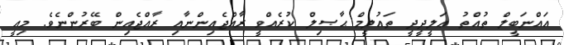
އައްނަބީލް ތުއްތު ޢަލީދީދީ ތައުލީމް ޙާޞިލް ކުރެއްވީ ރާއްޖެއިންނާއި ރާއްޖެއިން ބޭރުންނެވެ. މިއީ